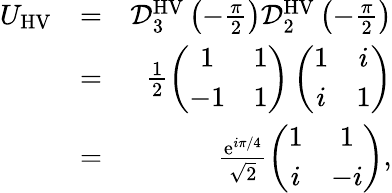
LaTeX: \begin{array}{rlr}{U_{\mathrm{HV}}}&{=}&{\mathcal{D}_{3}^{\mathrm{HV}}\left(-\frac{\pi}{2}\right)\mathcal{D}_{2}^{\mathrm{HV}}\left(-\frac{\pi}{2}\right)}\\ &{=}&{\frac{1}{2}\left(\begin{array}{cc}{1}&{1}\\ {-1}&{1}\end{array}\right)\left(\begin{array}{cc}{1}&{i}\\ {i}&{1}\end{array}\right)}\\ &{=}&{\frac{\mathrm{e}^{i\pi/4}}{\sqrt{2}}\left(\begin{array}{cc}{1}&{1}\\ {i}&{-i}\end{array}\right),}\end{array}